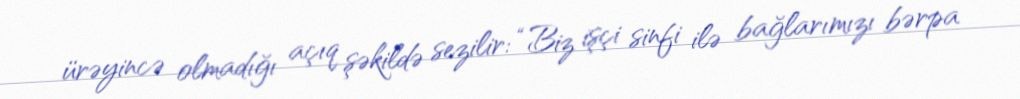
ürəyincə olmadığı açıq şəkildə sezilir: “Biz işçi sinfi ilə bağlarımızı bərpa